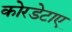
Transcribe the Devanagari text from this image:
कोरडेटाए